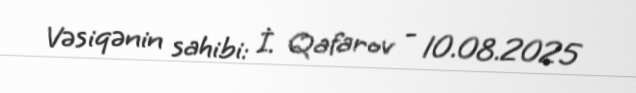
Vəsiqənin sahibi: İ. Qafarov - 10.08.2025